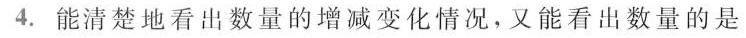
4. 能清楚地看出数量的增减变化情况，又能看出数量的是